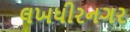
લખધીરનગર